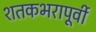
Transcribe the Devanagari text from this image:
शतकभरापूर्वी